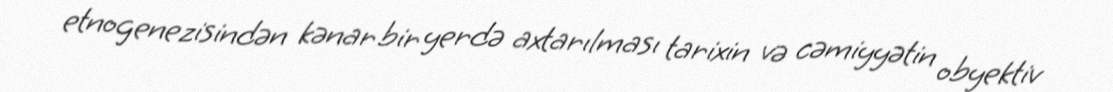
etnogenezisindən kənar bir yerdə axtarılması tarixin və cəmiyyətin obyektiv